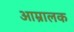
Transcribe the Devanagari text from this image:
आम्रालक